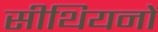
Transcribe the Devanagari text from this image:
सीथियनों